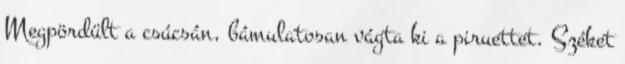
Megpördült a csúcsán, bámulatosan vágta ki a piruettet. Széket